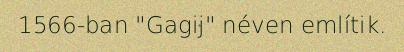
1566-ban "Gagij" néven említik.